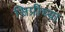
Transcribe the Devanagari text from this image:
सिप्रीच्या